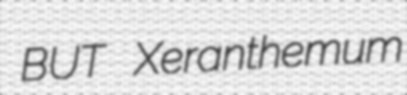
BUT Xeranthemum